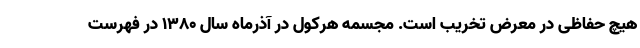
هیچ حفاظی در معرض تخریب است. مجسمه هرکول در آذرماه سال ۱۳۸۰ در فهرست